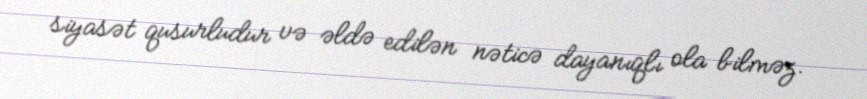
siyasət qusurludur və əldə edilən nəticə dayanıqlı ola bilməz.